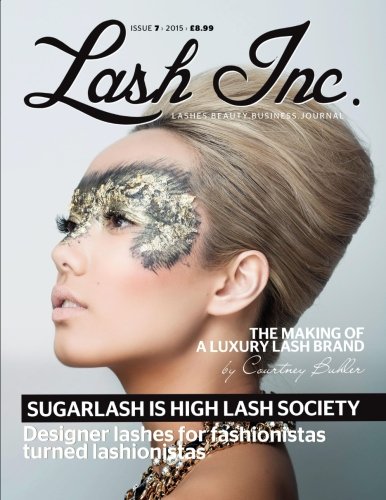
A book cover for Lash Inc - Issue 7; Chrysalis House Publishing; Education & Teaching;